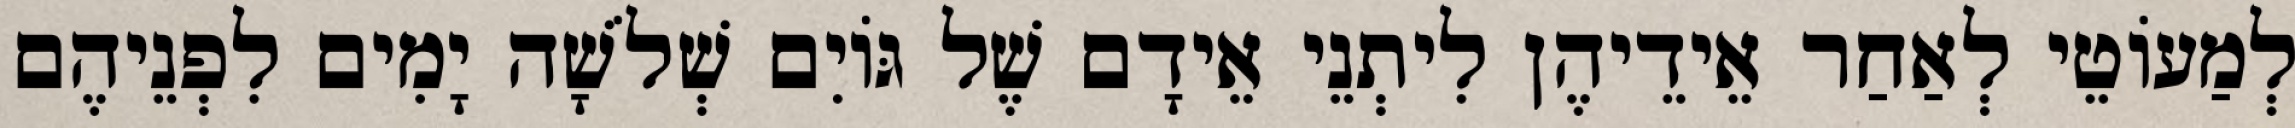
לְמַעוֹטֵי לְאַחַר אֵידֵיהֶן לִיתְנֵי אֵידָם שֶׁל גּוֹיִם שְׁלֹשָׁה יָמִים לִפְנֵיהֶם